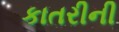
કાતરીની